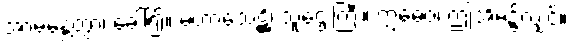
အာမန္တေတွာ၊ ခေါ်၍။ မဟာသေဋ္ဌိ၊ သူဌေးကြီး။ ဣဓေဝ၊ ဤအိမ်၌လျှင်။